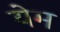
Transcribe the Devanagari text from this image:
येम